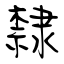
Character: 隸